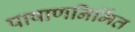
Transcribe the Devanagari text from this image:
पाषाणनिर्मित